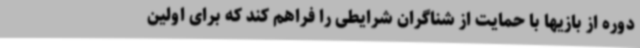
دوره از بازیها با حمایت از شناگران شرایطی را فراهم کند که برای اولین